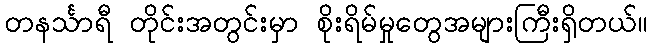
တနင်္သာရီ တိုင်းအတွင်းမှာ စိုးရိမ်မှုတွေအများကြီးရှိတယ်။